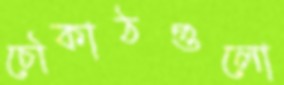
চৌকাঠগুলো